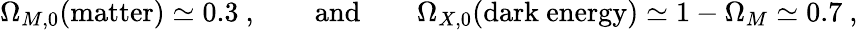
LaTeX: \Omega_{M,0}(\mathrm{matter})\simeq 0.3~,\qquad\mathrm{and}\qquad\Omega_{X,0}(\mathrm{dark~energy})\simeq 1-\Omega_{M}\simeq 0.7~,